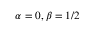
\alpha = 0 , \beta = 1 / 2